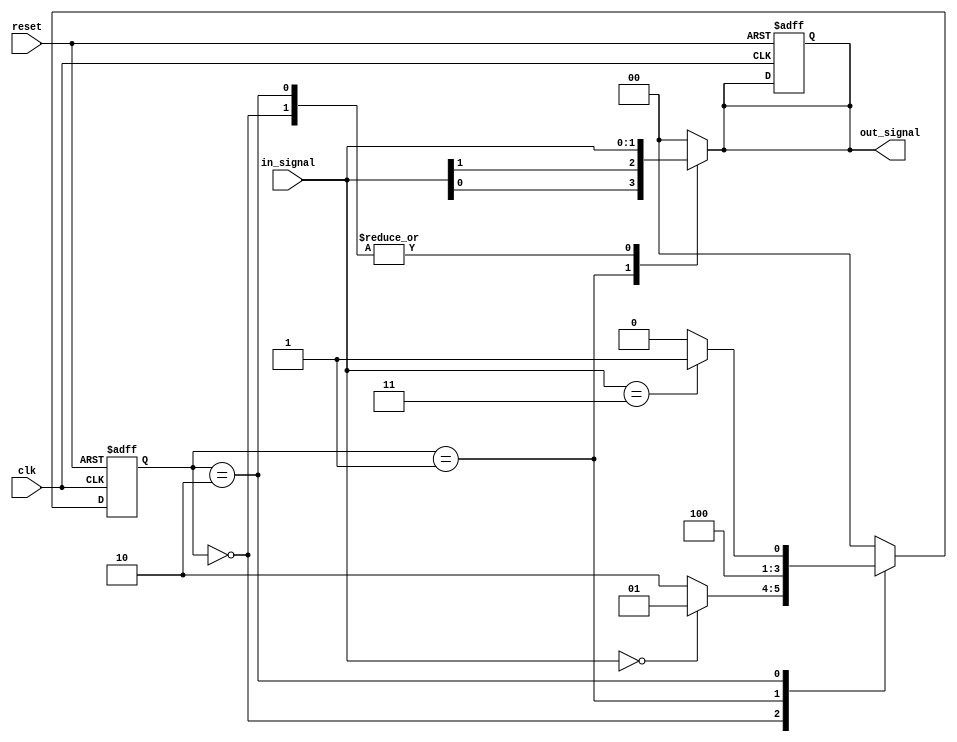
module mealy_state_machine(
    input wire clk,
    input wire reset,
    input wire [1:0] in_signal,
    output reg [1:0] out_signal
);

// State definition
parameter STATE_A = 2'b00;
parameter STATE_B = 2'b01;
parameter STATE_C = 2'b10;

// State registers
reg [1:0] current_state;
reg [1:0] next_state;

always @(posedge clk or posedge reset) begin
    if (reset) begin
        current_state <= STATE_A;
        out_signal <= 2'b00;
    end else begin
        current_state <= next_state;
    end
end

// Combinational logic for state transitions
always @* begin
    case (current_state)
        STATE_A: begin
            if (in_signal == 2'b00)
                next_state <= STATE_B;
            else
                next_state <= STATE_C;
            out_signal <= {in_signal[1], in_signal[0]};
        end
        STATE_B: begin
            next_state <= STATE_C;
            out_signal <= {in_signal[0], in_signal[1]};
        end
        STATE_C: begin
            if (in_signal == 2'b11)
                next_state <= STATE_B;
            else
                next_state <= STATE_A;
            out_signal <= {in_signal[1], in_signal[0]};
        end
        default: begin
            next_state <= STATE_A;
            out_signal <= 2'b00;
        end
    endcase
end

endmodule